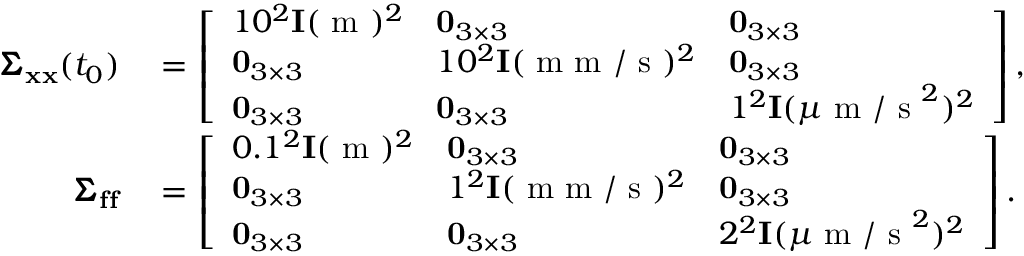
\begin{array} { r l } { \pmb { \Sigma } _ { \mathbf { x } \mathbf { x } } ( t _ { 0 } ) } & { { } = \left[ \begin{array} { l l l } { 1 0 ^ { 2 } \mathbf { I } ( \mathrm { ~ m ~ } ) ^ { 2 } } & { \mathbf { 0 } _ { 3 \times 3 } } & { \mathbf { 0 } _ { 3 \times 3 } } \\ { \mathbf { 0 } _ { 3 \times 3 } } & { 1 0 ^ { 2 } \mathbf { I } ( \mathrm { ~ m ~ m ~ / ~ s ~ } ) ^ { 2 } } & { \mathbf { 0 } _ { 3 \times 3 } } \\ { \mathbf { 0 } _ { 3 \times 3 } } & { \mathbf { 0 } _ { 3 \times 3 } } & { 1 ^ { 2 } \mathbf { I } ( \mu \mathrm { ~ m ~ / ~ s ~ } ^ { 2 } ) ^ { 2 } } \end{array} \right] , } \\ { \pmb { \Sigma } _ { \mathbf { f } \mathbf { f } } } & { { } = \left[ \begin{array} { l l l } { 0 . 1 ^ { 2 } \mathbf { I } ( \mathrm { ~ m ~ } ) ^ { 2 } } & { \mathbf { 0 } _ { 3 \times 3 } } & { \mathbf { 0 } _ { 3 \times 3 } } \\ { \mathbf { 0 } _ { 3 \times 3 } } & { 1 ^ { 2 } \mathbf { I } ( \mathrm { ~ m ~ m ~ / ~ s ~ } ) ^ { 2 } } & { \mathbf { 0 } _ { 3 \times 3 } } \\ { \mathbf { 0 } _ { 3 \times 3 } } & { \mathbf { 0 } _ { 3 \times 3 } } & { 2 ^ { 2 } \mathbf { I } ( \mu \mathrm { ~ m ~ / ~ s ~ } ^ { 2 } ) ^ { 2 } } \end{array} \right] . } \end{array}